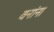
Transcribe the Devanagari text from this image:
वनांना